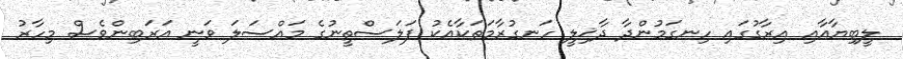
ލީބިޔާއާއި އިރާގުގައި ހިނގަމުންދާ ދާޚިލީ ހަނގުރާމަތަކާއެކު ފަލަސްތީނުގެ މައްސަލަ ވަނީ އަރަބިންވެސް މިހާރު